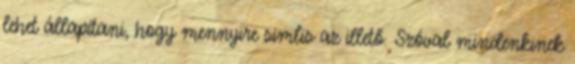
lehet állapítani, hogy mennyire simlis az illető. Szóval mindenkinek